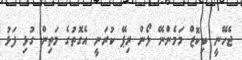
ޖެހޭނީ ބިކޮޒް މަމެންނޭ ލޯން ރިޕޭ ކުރަނީ އެގޮތުގެ މަތިން ގުޅި ފަޅު